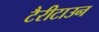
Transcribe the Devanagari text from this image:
टैरीटाउन